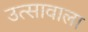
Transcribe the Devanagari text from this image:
उत्सावाला